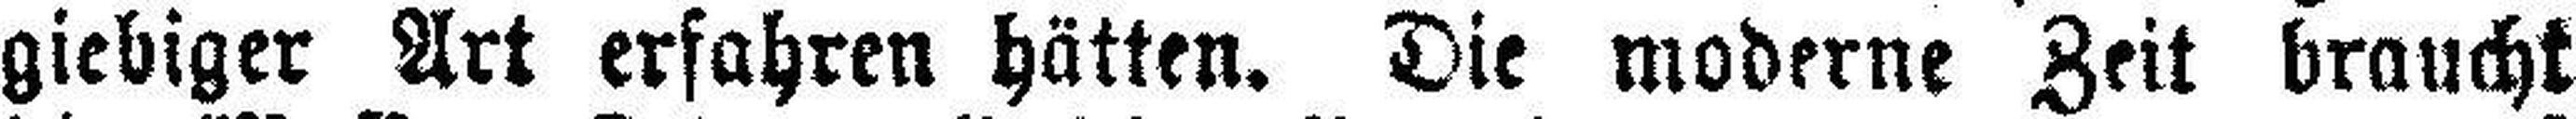
giebiger Art erfahren hätten. Die moderne Zeit braucht